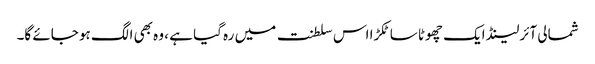
شمالی آئرلینڈ ایک چھوٹا سا ٹکڑا اس سلطنت میں رہ گیا ہے ، وہ بھی الگ ہو جائے گا۔